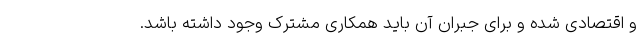
و اقتصادی شده و برای جبران آن باید همکاری مشترک وجود داشته باشد.